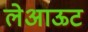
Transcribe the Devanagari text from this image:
लेअाऊट